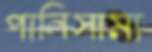
পানিসাম্য